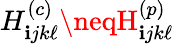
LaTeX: H_{\mathbf{i}jk\ell}^{(c)}\neqH_{\mathbf{i}jk\ell}^{(p)}